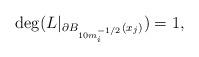
LaTeX: \begin{align*}\deg(L \vert_{\partial B_{10 m_i^{-1/2}}(x_j) })=1,\end{align*}